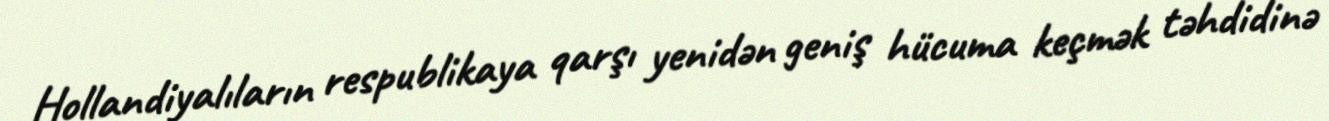
Hollandiyalıların respublikaya qarşı yenidən geniş hücuma keçmək təhdidinə